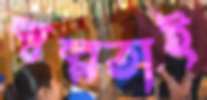
স্বল্পতাই